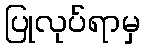
ပြုလုပ်ရာမှ